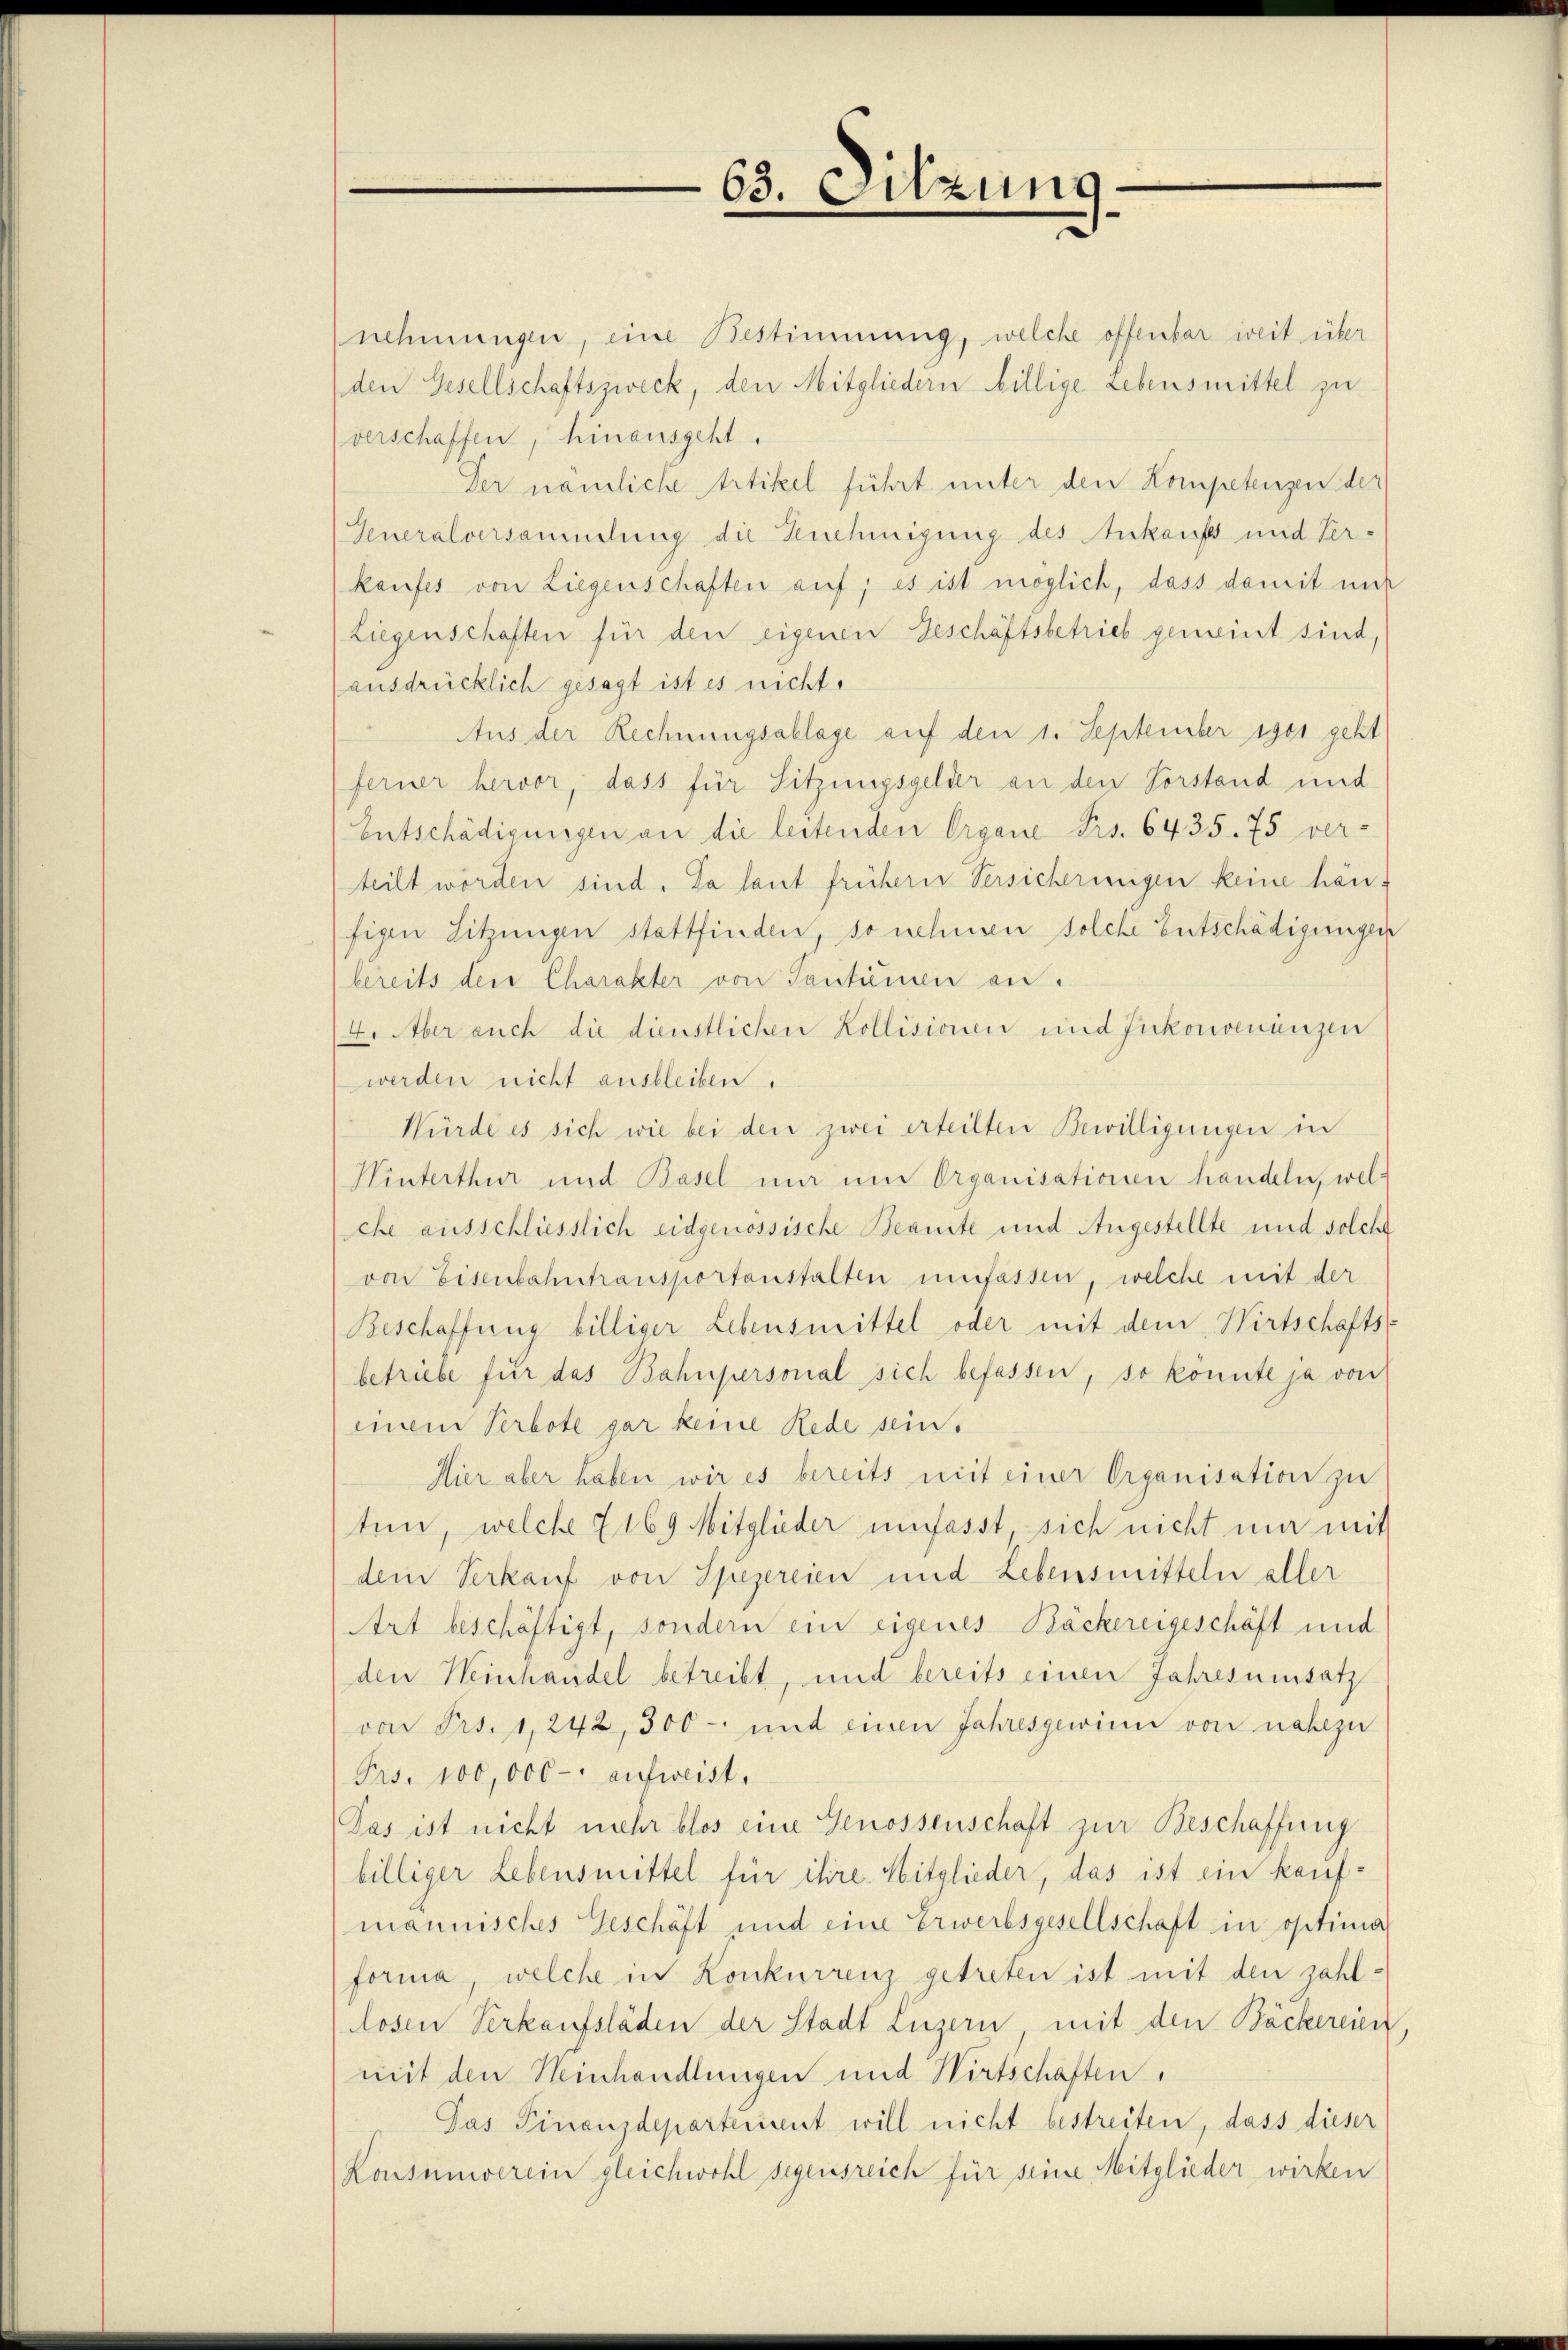
63. Sitzung

nehmungen, eine Bestimmung, welche offenbar weit über
den Gesellschaftszweck, den Mitgliedern billige Lebensmittel zu
verschaffen, hinausgeht.
Der nämliche Artikel führt unter den Kompetenzen der
Generalversammlung die Genehmigung des Ankaufs und Verkaufes von Liegenschaften auf; es ist möglich, dass damit mit
Liegenschaften für den eigenen Geschäftsbetrieb gemeint sind,
(ausdrücklich gesagt ist es nicht.
Aus der Rechnungsablage auf den 1. September 1901 geht
ferner hervor, dass für Sitzungsgelder an den Vorstand und
Entschädigungen an die leitenden Organe Frs. 6435. 75 ver-
teilt worden sind. Da laut frühern Versicherinigen keine hänfigen Sitzungen stattfinden, so nehmen solche Entschädigungen
bereits der Charakter von Tantiemen an.
4. Aber auch die dienstlichen Kollisionen und Inkonvenienzen
werden nicht ausbleiben.
Würde es sich wie bei den zwei erteilten Bewilligungen in
Winterthur und Basel mir im Organisationen handeln, welche ausschliesslich eidgenössische Beamte und Angestellte und solche
von Eisenbahntransportanstalten umfassen, welche mit der
Beschaffung billiger Lebensmittel oder mit dem Wirtschaftsbetriebe für das Bahnpersonal sich befassen, so könnte ja von
einem Verbote gar keine Rede sein.
Hier aber haben wir es bereits mit einer Organisation zu
ten, welche 7 169 Mitglieder umfasst, sich nicht mir mit
dem Verkauf von Spezereien und Lebensmitteln aller
Art beschäftigt, sondern ein eigenes Bäckereigeschäft und
den Heinhandel betreibt, und bereits einen Jahresnensatz
von Frs. 1, 242, 300 - und einen Jahresgewinn von nahezu
Frs. 100,000 - aufweist.
Das ist nicht mehr blos eine Genossenschaft zur Beschaffung
billiger Lebensmittel für ihre Mitglieder, das ist ein kauf-
mannisches Geschäft und eine Erwerbsgesellschaft in optima
forma, welche in Konkurrenz getreten ist mit den zahlllosen Verkaufsläden der Stadt Luzern mit den Bäckereien
mit den Heinhandlungen und Wirtschaften.
Jas Finanzdepartement will nicht bestreiten, dass dieser
Konsumverein gleichwohl segensreich für seine Mitglieder wirken